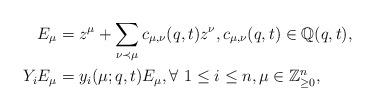
LaTeX: \begin{align*}E_{\mu} &= z^{\mu} + \sum_{\nu \prec \mu} c_{\mu,\nu}(q,t) z^{\nu},c_{\mu,\nu}(q,t)\in\mathbb{Q}(q,t),\\Y_iE_{\mu} &= y_i(\mu;q,t)E_{\mu},\forall\ 1 \leq i \leq n, \mu \in \mathbb{Z}_{\geq 0}^n,\end{align*}